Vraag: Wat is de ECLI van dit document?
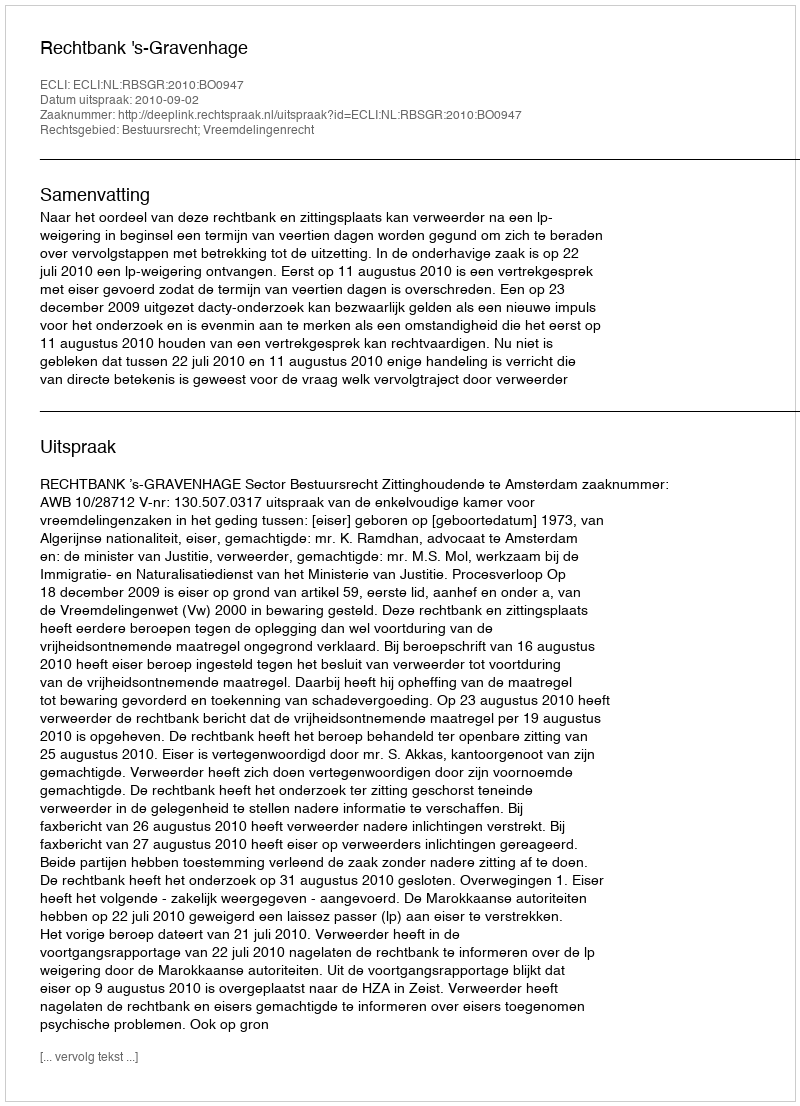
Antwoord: ECLI:NL:RBSGR:2010:BO0947